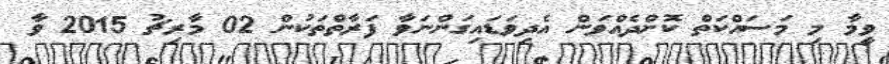
ވީމާ މި މަސައްކަތް ކޮށްދެއްވަން އެދިވަޑައިގަންނަވާ ފަރާތްތަކުން 02 މާރިޗު 2015 ވާ